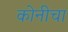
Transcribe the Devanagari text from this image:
कोनीचा